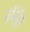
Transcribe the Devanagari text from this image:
जॅनॅरा